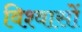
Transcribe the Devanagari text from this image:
विश्‍वासों